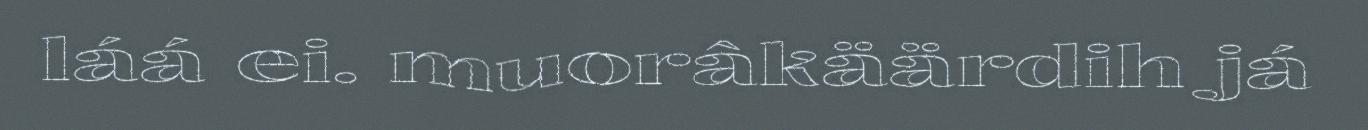
láá ei. muorâkäärdih já